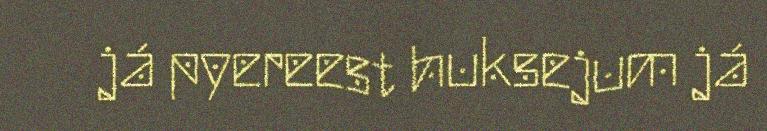
já pyereest huksejum já